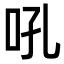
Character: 吼